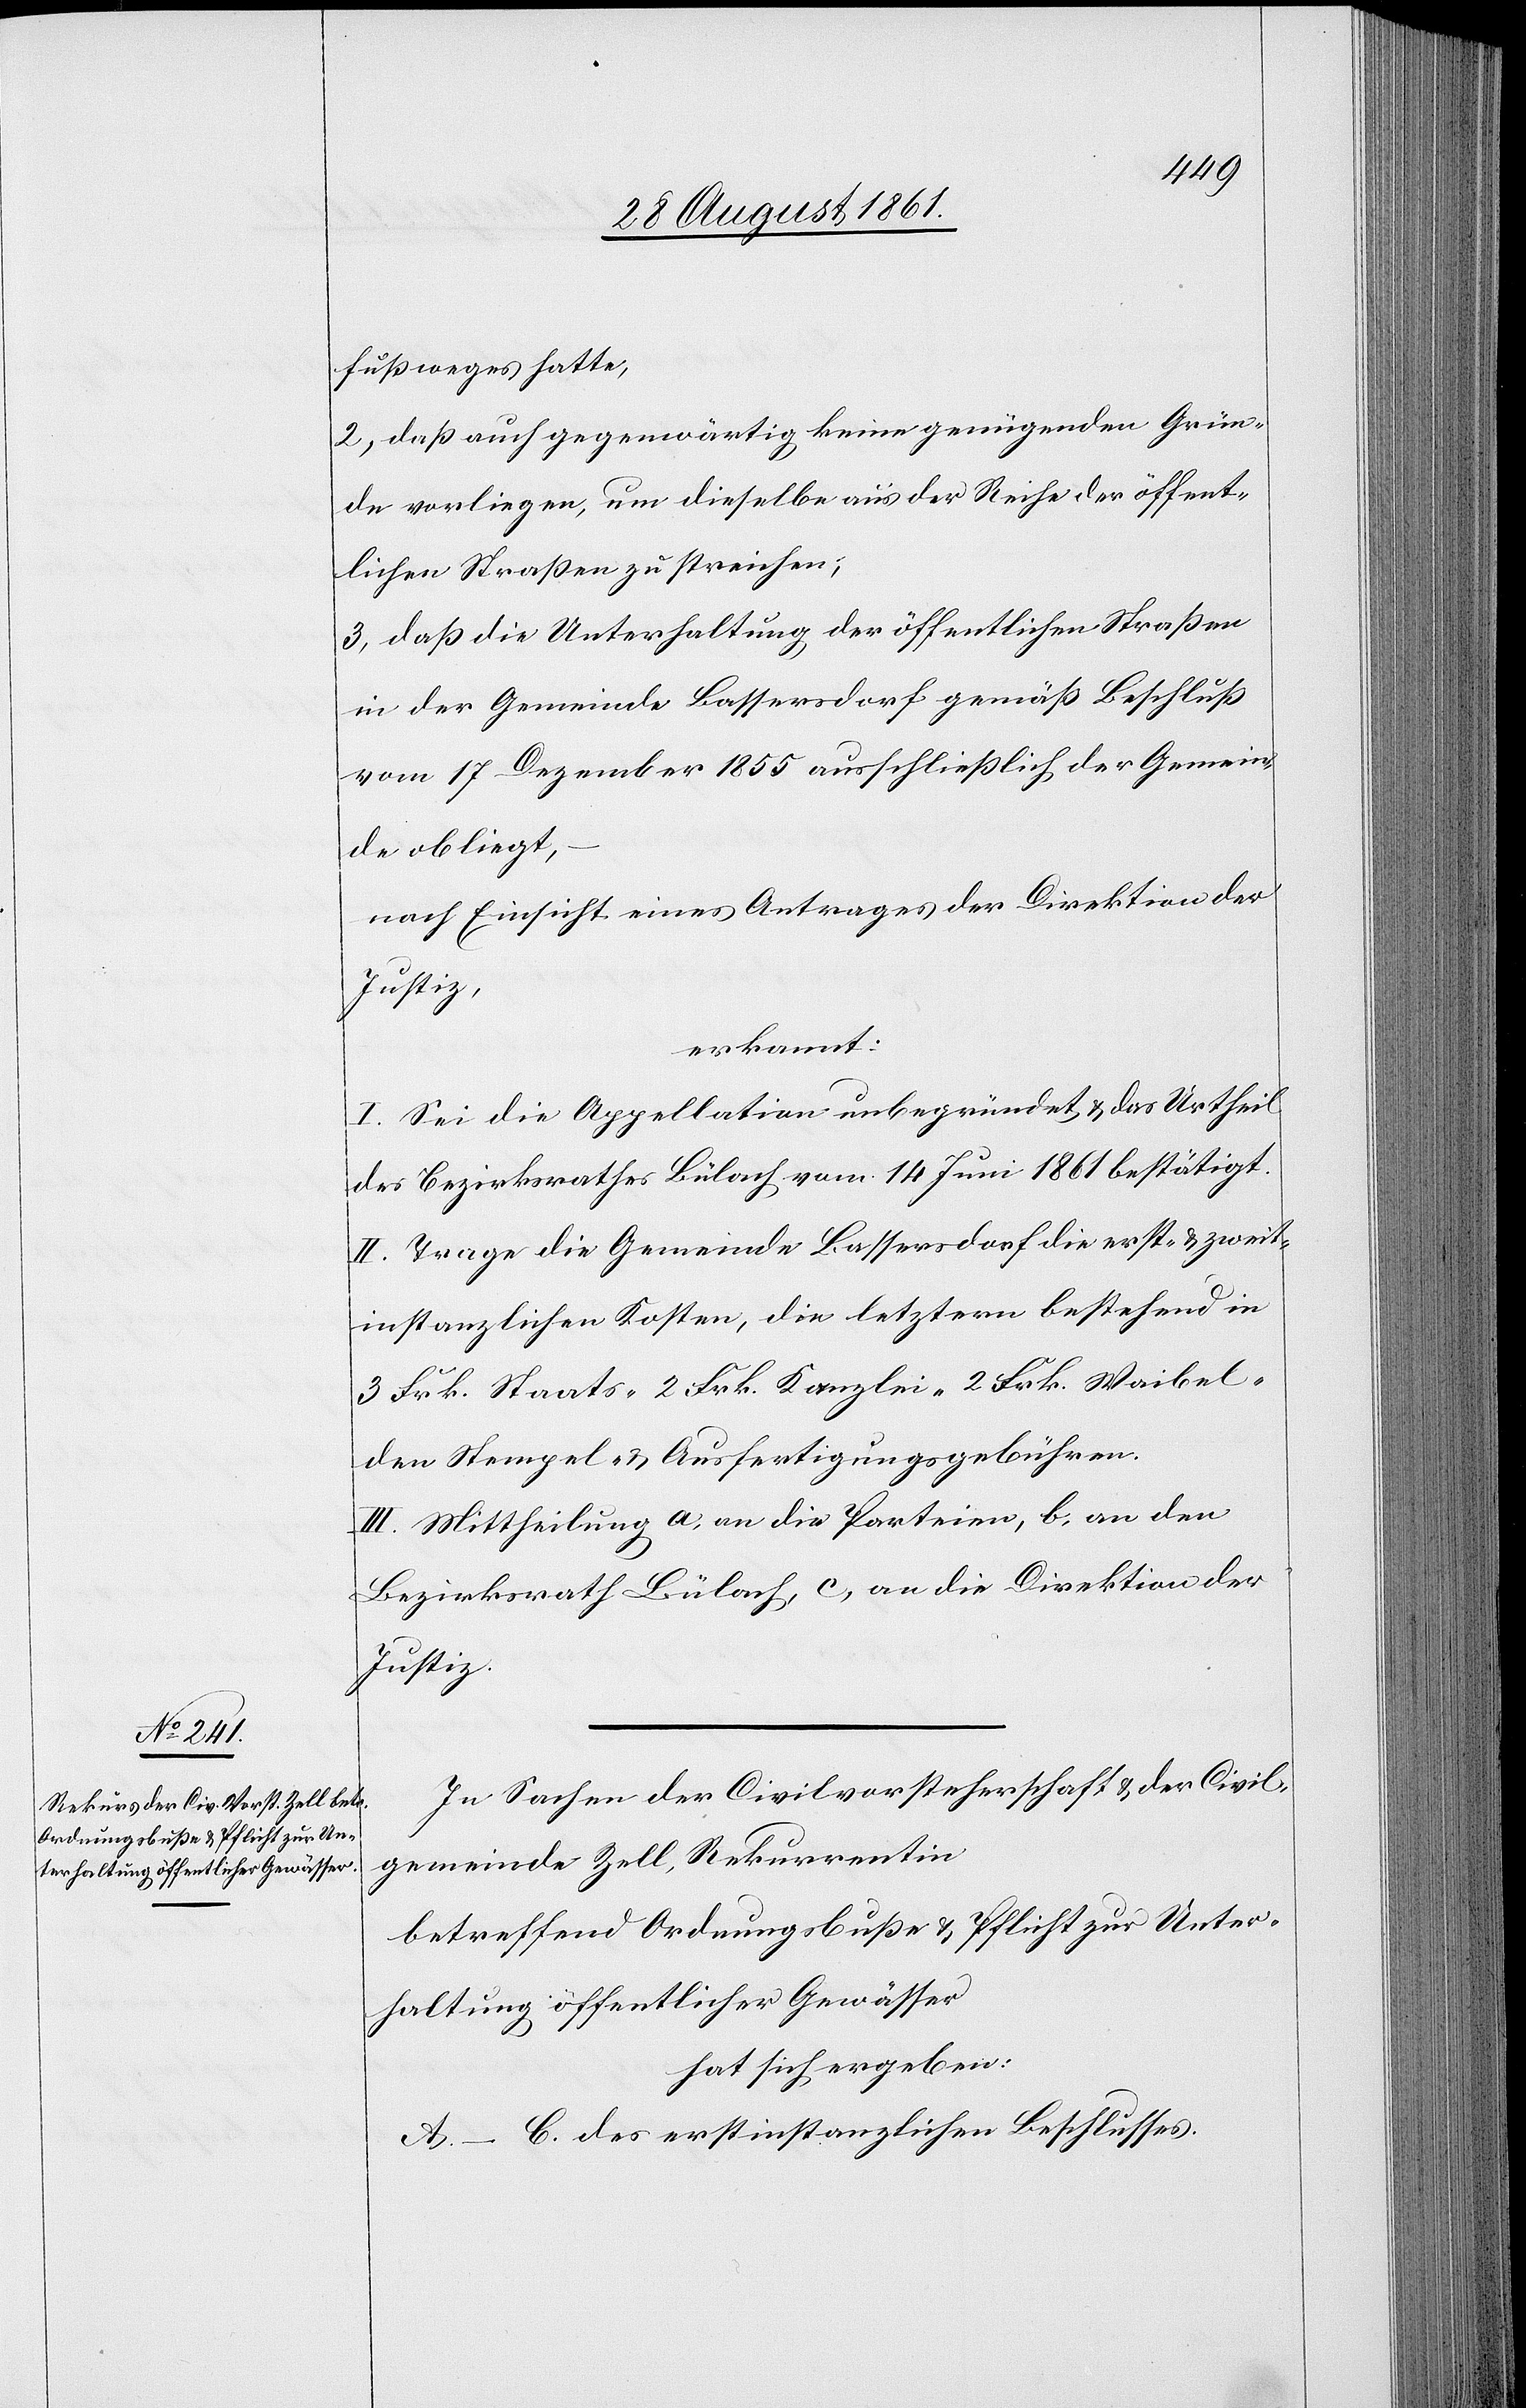
fußweges hatte,
2, daß auch gegenwärtig keine genügenden Grün¬
de vorliegen, um dieselbe aus der Reihe der öffent¬
lichen Straßen zu streichen;
3, daß die Unterhaltung der öffentlichen Straßen
in der Gemeinde Bassersdorf gemäß Beschluß
vom 17 Dezember 1855 ausschließlich der Gemein¬
de obliegt,
nach Einsicht eines Antrages der Direktion der
Justiz,
erkennt:
I. Sei die Appelation unbegründet u. das Urtheil
des Bezirksrathes Bülach vom 14 Juni 1861 bestätigt.
II. Trage die Gemeinde Bassersdorf die erst- u. zweit¬
instanzlichen Kosten, die letztern bestehend in
3 Frk. Staats- 2 Frk. Kanzlei- 2 Frk. Waibel-
den Stempel- u. Ausfertigungsgebühren.
In Sachen der Civilvorsteherschaft u. der G¬
emeinde Zell, Rekurrentin
betreffend Ordnungbuße u. Pflicht zu Unter¬
haltung öffentlicher Güter
hat sich ergeben:
A.–C. des erstinstanzlichen Beschlußes.